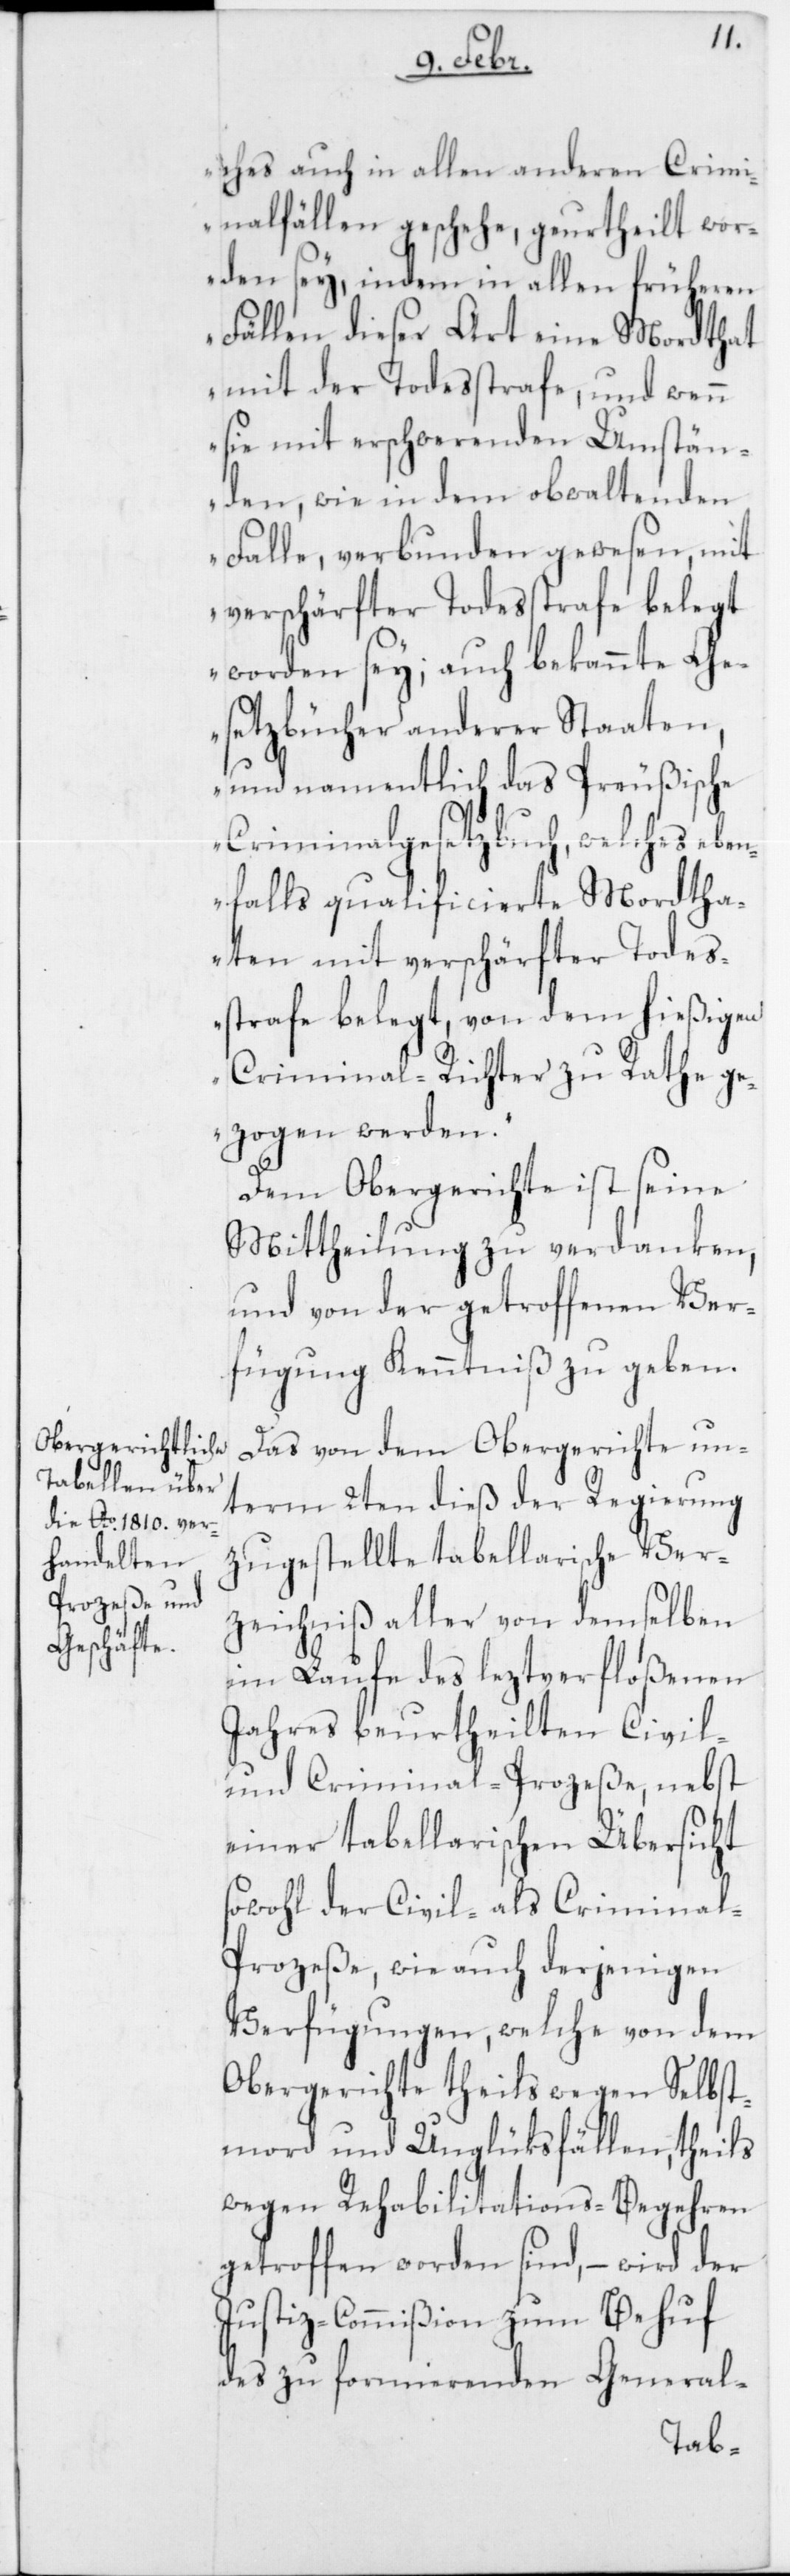
ches auch in allen anderen Crimi¬
nalfällen geschehe, geurtheilt wor¬
den sey, indem in allen früheren
Fällen dieser Art eine Mordthat
mit der Todesstrafe, und wenn
sie mit erschwerenden Umstän¬
den, wie in dem obwaltenden
Falle, verbunden gewesen, mit
verschärfter Todesstrafe belegt
worden sey; auch bekannte Ge¬
setzbücher anderer Staaten,
und namentlich das Preußische
Criminalgesetzbuch, welches ebe¬
nfalls quailificierte Mordtha¬
ten mit verschärfter Todes¬
strafe belegt, von dem hießigen
Criminal-Richter zu Rathe ge¬
zogen werden.“
Dem Obergerichte ist seine
Mittheilung zu verdanken,
und von der getroffenen Ver¬
fügung Kenntniß zu geben.
Das von dem Obergerichte un¬
term 2ten dieß der Regierung
zugerstellte tabellarische Ver¬
zeichniß aller von demselben
im Laufe des leztverfloßenen
Jahres beurtheilten Civil-
und Criminal-Prozeße, nebst
einer tabellarischen Übersicht
sowohl der Civil- als Crimina¬
l-Prozeße, wie auch derjenigen
Verfügungen, welche von dem
Obergerichte theils wegen Selbst¬
mord und Unglücksfällen, theils
wegen Rehabilitations-Begehren
getroffen worden sind, – wird der
Justiz-Commißion zum Behuf
des zu formierenden General-